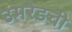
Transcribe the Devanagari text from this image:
उमरेडची